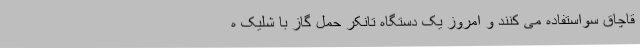
قاچاق سواستفاده می کنند و امروز یک دستگاه تانکر حمل گاز با شلیک ه